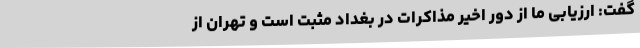
گفت: ارزیابی ما از دور اخیر مذاکرات در بغداد مثبت است و تهران از